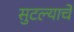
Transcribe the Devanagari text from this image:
सुटल्याचे